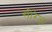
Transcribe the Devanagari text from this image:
सीरेज़